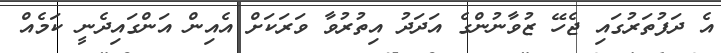
އެ ދަފުތަރުގައި ޖެހޭ ޒުވާނުންގެ އަދަދު އިތުރުވާ ވަރަކަށް އެއިން އަންގައިދެނީ ކަމެއް